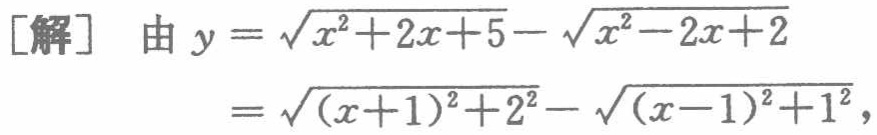
\[
\begin{align*}
\text{[解]} \quad \text{由}y&=\sqrt{x^{2}+2x + 5}-\sqrt{x^{2}-2x + 2}\\
&=\sqrt{(x + 1)^{2}+2^{2}}-\sqrt{(x - 1)^{2}+1^{2}},
\end{align*}
\]